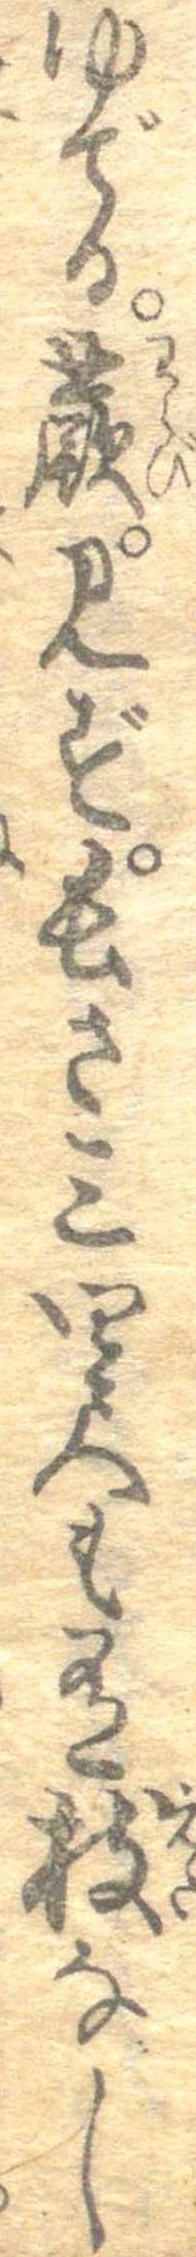
ゆでる。蕨。みず。長さ三四尺も有枝なし